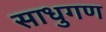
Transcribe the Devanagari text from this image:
साधुगण